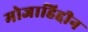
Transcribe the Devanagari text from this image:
मोजाहिद्दीन